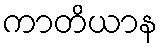
ကာတိယာန